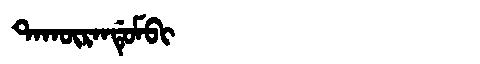
Manchu: ᡨᠠᡴᡡᡵᠠᠨᡩᡠᠮᠪᡳ
Romanization: TAKŪRANDUMBI